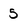
Character: 5